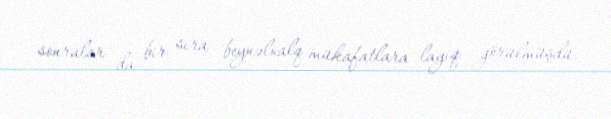
sonralar da bir sıra beynəlxalq mükafatlara layiq görülmüşdü.